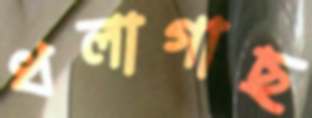
ধলাগাছ